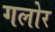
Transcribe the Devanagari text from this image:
गलोर